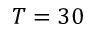
T = 3 0